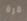
مرة